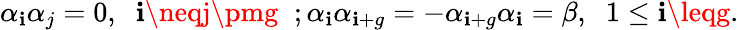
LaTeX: \alpha_{\mathbf{i}}\alpha_{j}=0,\; \; \mathbf{i}\neqj\pmg\; \; ;\alpha_{\mathbf{i}}\alpha_{\mathbf{i}+g}=-\alpha_{\mathbf{i}+g}\alpha_{\mathbf{i}}=\beta,\; \; 1\leq\mathbf{i}\leqg.